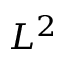
L ^ { 2 }